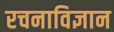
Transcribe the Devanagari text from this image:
रचनाविज्ञान